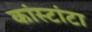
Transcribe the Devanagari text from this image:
कांस्टांटा